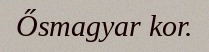
Ősmagyar kor.